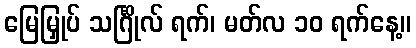
မြေမြှုပ် သင်္ဂြိုလ် ရက်၊ မတ်လ ၁၀ ရက်နေ့။